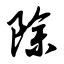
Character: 除